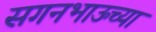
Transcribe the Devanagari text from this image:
सगनभाऊच्या